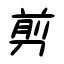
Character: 剪